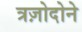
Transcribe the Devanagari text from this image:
त्रज़ोदोने